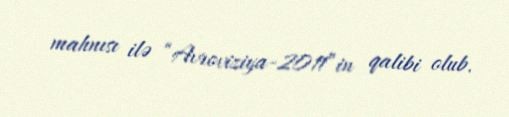
mahnısı ilə “Avroviziya-2011”in qalibi olub.